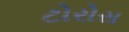
ટોરોસ